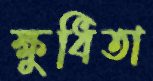
ক্ষুধিতা